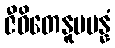
ဇီဝိတေနူပပန္နံ